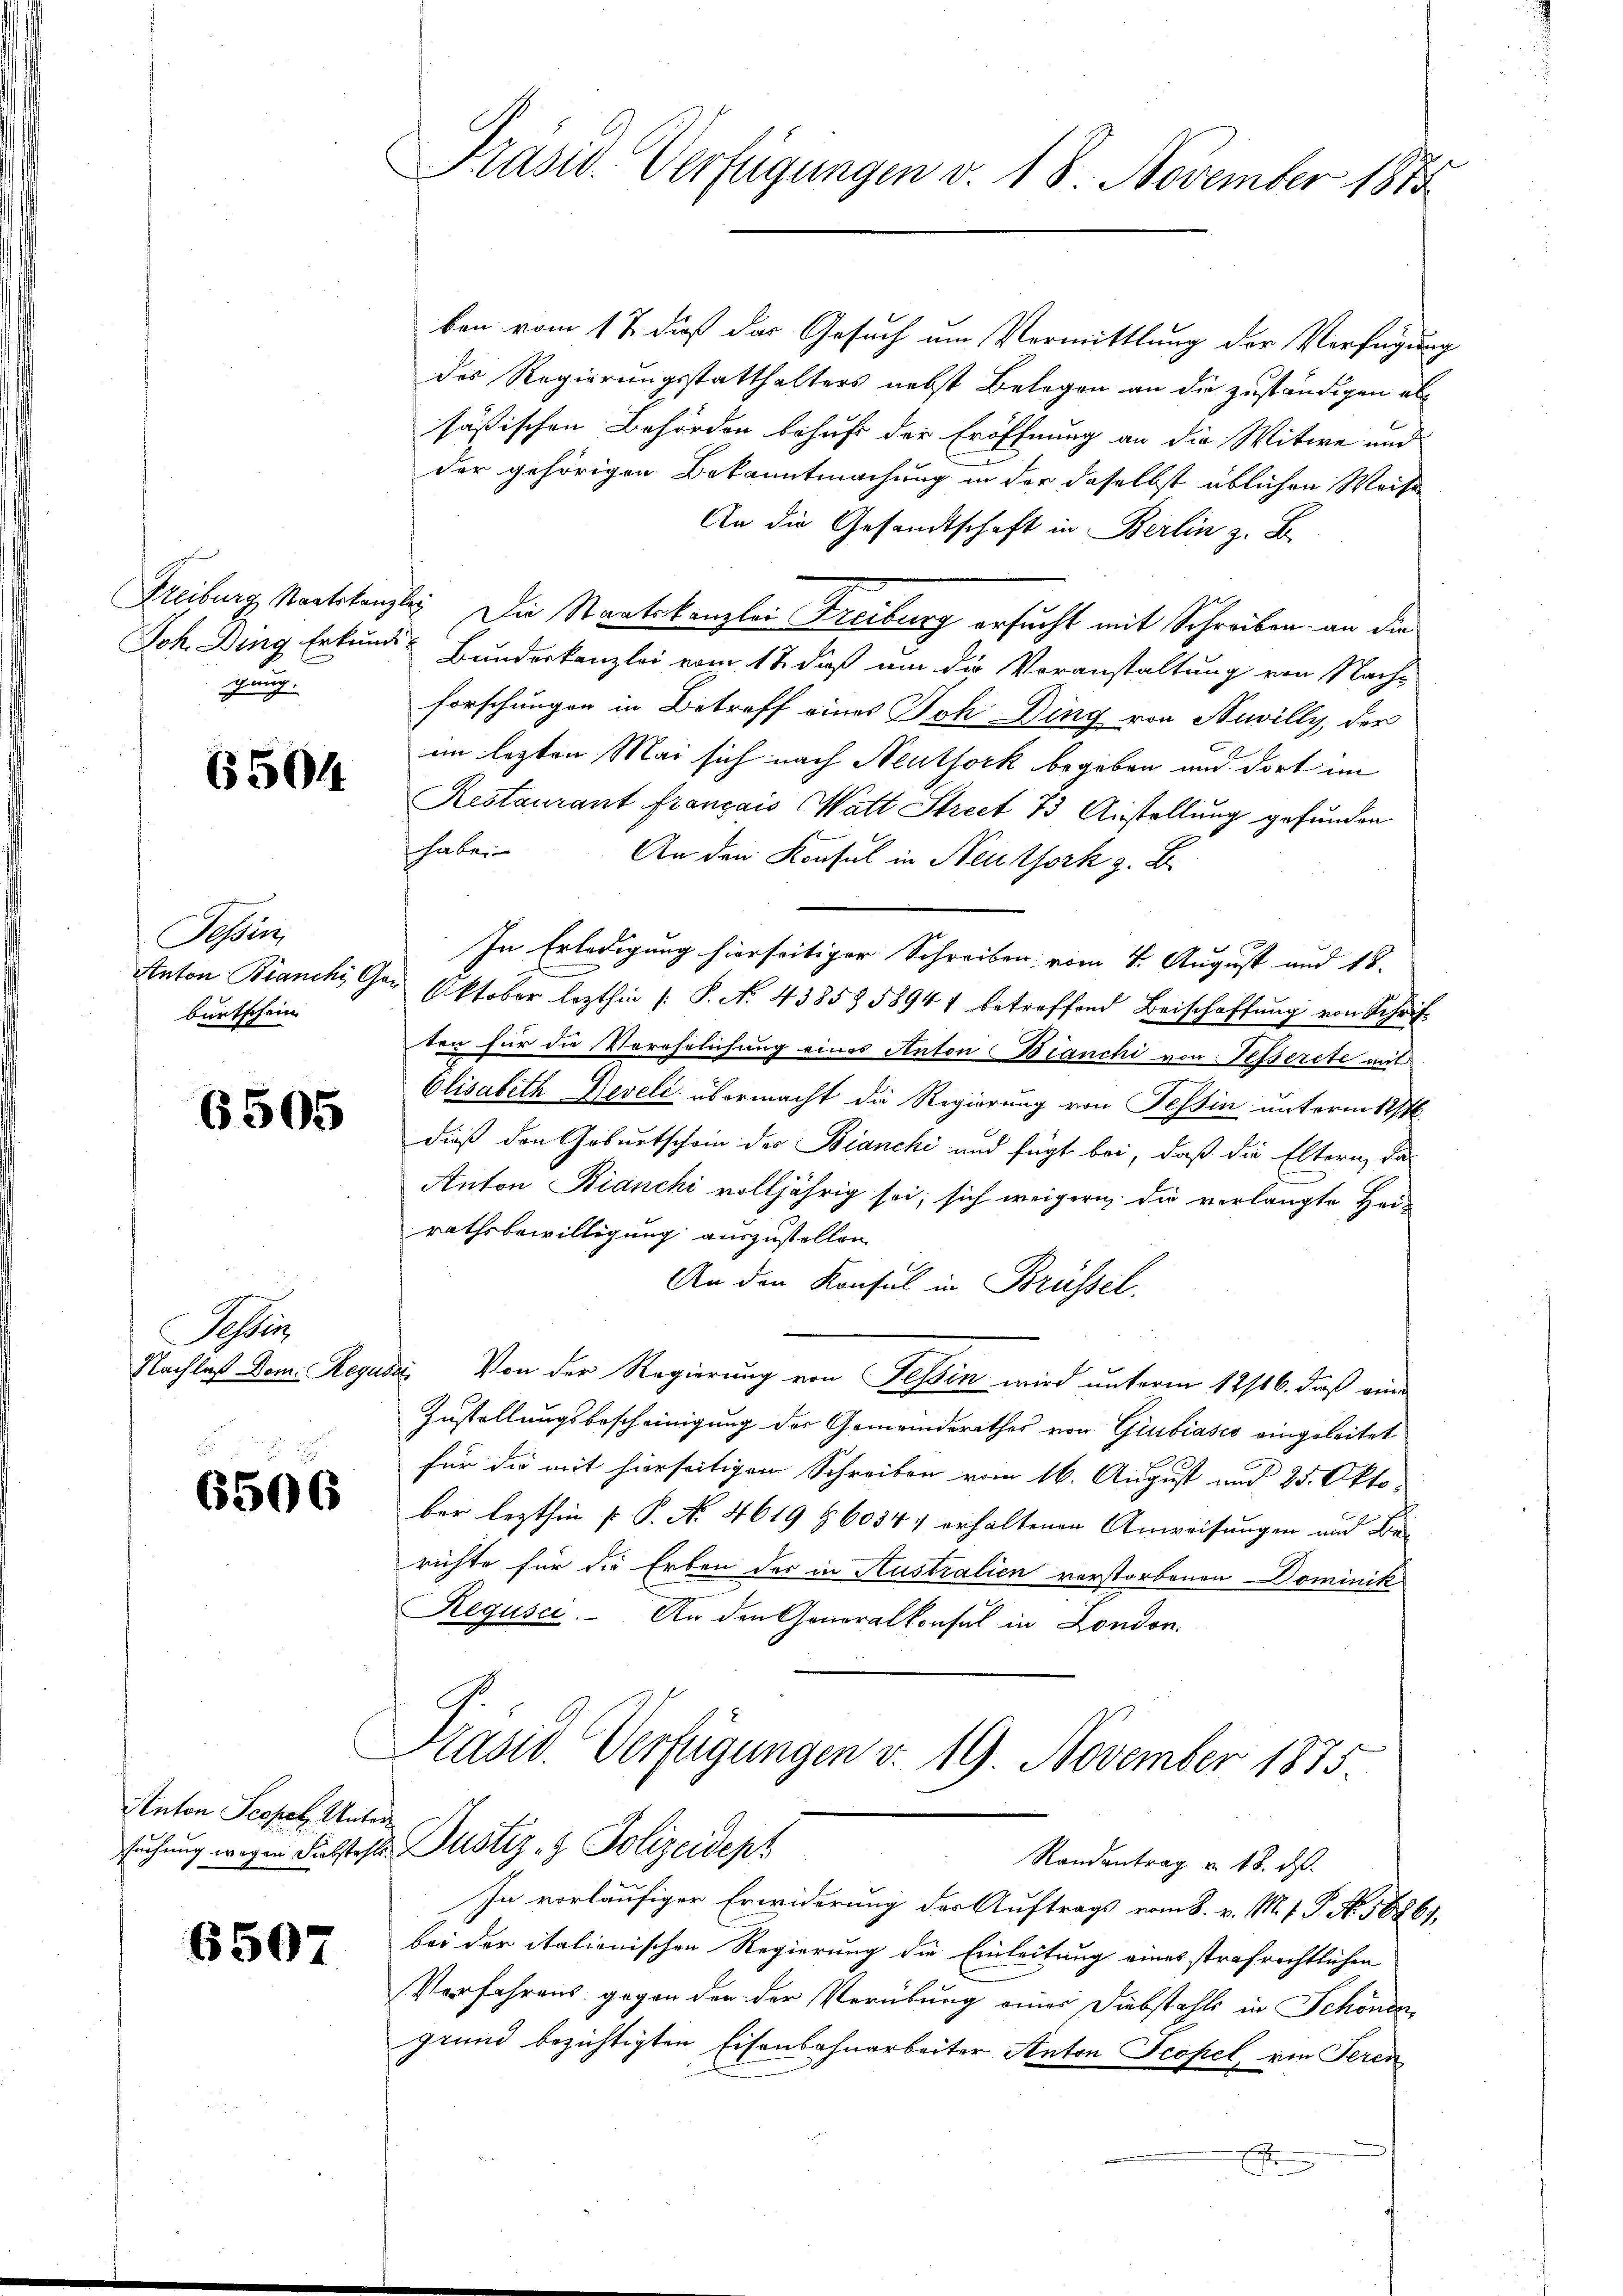
gung.

6504

Tessin,
burtschein

6505

Se

6506

Anton Scopel. Unter

6507

Präsid. Verfügungen v. 18. November 1875

ben vom 17. dieß der Gesuch um Vormittlung der Verfügung
des Regierungsstatthalters nebst Belegen an die zuständigen alsäßischen Behörden behuf der Eröffnung an die Witwe und
der gehörigen Bekanntmachung in der daselbst üblichen Weise
An die Gesandtschaft in Berlin z. B.
Freiburg, Nachskanzley Die Staatskanzlei Freiburg ersucht mit Schreiben an die
Joh. Ding Erkunde Bunderkanzlei vom 12. dieß um die Voranstaltung von Nach-
forschungen in Betreff eines Joh Ding von Nuvilly, der
im lezten Mai sich nach Neuthork begeben und dort im
Restaurant français (Watt Street 73 Anstellung gefunden
haben
An den Konsul in Neuthork z. B.
In Erledigung hierseitiger Schreiben vom 4. August und 18.
Anton Bianchi Gor Oktober lezthin /: P. N. 4385358941 betreffend Beischaffŭng von Schrift-
ten für die Verehelichung eines Anton Bianchi von Fesserete mit
Elisabeth Neveli übermacht die Regierung von Tessin unterm 12/4.
dieß den Geburtschein der Bianchi und fügt bei, daß die Eltern, das
Anton Bianchi volljährig sei, sich weigern die verlangte Hei-
rathsbewilligung auszustellen.
An den Konsul in Brüssel.
Nachlaß Dom. Regusi, Von der Regierung von Tessin wird unterm 12/16. daß eine
Zustellungsbescheinigung der Gemeindsrathes von Girbiasco eingeleitet
für die mit hierseitigen Schreiben vom 16. August und 25. Okto
ber lezthin P. P. No. 4619 § 60347 erhaltenen Anweisungen und Berichte für die Erben der in Australien verstorbenen Dominik
Regusci. An den Generalkonsul in London.
Präsid. Verfügungen v. 19. November 1875.
suchung wegen Faltest. Justiz- & Polizeidep
Randantrag v. 18. ds.
In vorläufiger Erwiderung der Auftrags vom 8. v. M. v. P. No. 56861.
bei der italienischen Regierung die Einleitung eines strafrichtlichen
Verfahrens gegen den der Verübung eines Diebstahls in Schönen
grund bezichtigten Eisenbahnarbeiter Anton Tropel, von Seren
Ehrung